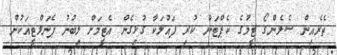
ތެރެއިން ސެލެންގޯ ޓީމުގެ ކެޕްޓަން ކުރި ފައުލަކާ ގުޅިގެން އެޓީމަށް ލިބުނު ޕެނަލްޓީއަކުން